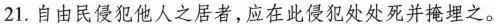
21.自由民侵犯他人之居者，应在此侵犯处处死并掩埋之。